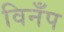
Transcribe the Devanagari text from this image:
विनँप